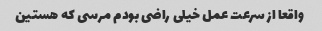
واقعا از سرعت عمل خیلی راضی بودم مرسی که هستین